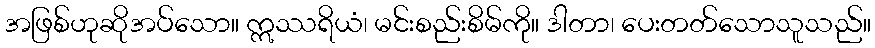
အဖြစ်ဟုဆိုအပ်သော။ ဣဿရိယံ၊ မင်းစည်းစိမ်ကို။ ဒါတာ၊ ပေးတတ်သောသူသည်။